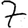
Digit: 7